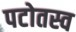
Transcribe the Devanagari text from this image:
पटोतस्व